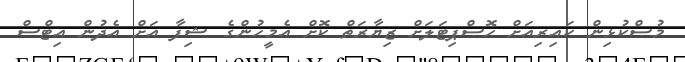
މުސްކުޅިން ކައިރިއަށް ހޮސްޕިޓަލަށް ޒިޔާރަތް ކޮށް އެމީހުންގެ ޝިފާ އަށް އެދުން އިޓްސް